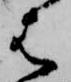
は